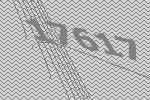
17617